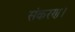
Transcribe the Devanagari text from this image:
संकरण।